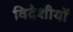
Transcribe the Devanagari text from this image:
विदेशीयों